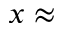
x \approx